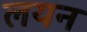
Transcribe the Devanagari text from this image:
लयन